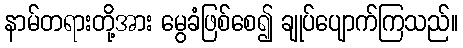
နာမ်တရားတို့အား မွေခံဖြစ်စေ၍ ချုပ်ပျောက်ကြသည်။